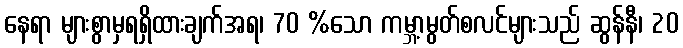
နေရာ များစွာမှရရှိထားချက်အရ၊ 70 %သော ကမ္ဘာ့မွတ်စလင်များသည် ဆွန်နီ၊ 20